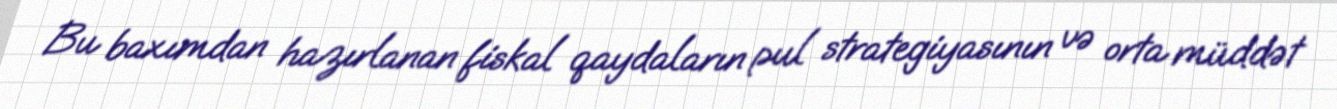
Bu baxımdan hazırlanan fiskal qaydaların pul strategiyasının və orta müddət